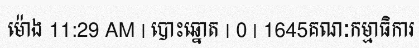
ម៉ោង 11:29 AM | បោះឆ្នោត | 0 | 1645គណៈកម្មាធិការ